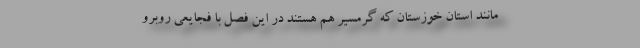
مانند استان خوزستان که گرمسیر هم هستند در این فصل با فجایعی روبرو